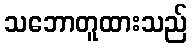
သဘောတူထားသည်